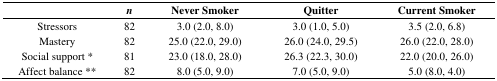
<table><thead><tr><td></td><td><b><i>n</i></b></td><td><b>Never Smoker</b></td><td><b>Quitter</b></td><td><b>Current Smoker</b></td></tr></thead><tbody><tr><td>Stressors</td><td>82</td><td>3.0 (2.0, 8.0)</td><td>3.0 (1.0, 5.0)</td><td>3.5 (2.0, 6.8)</td></tr><tr><td>Mastery</td><td>82</td><td>25.0 (22.0, 29.0)</td><td>26.0 (24.0, 29.5)</td><td>26.0 (22.0, 28.0)</td></tr><tr><td>Social support *</td><td>81</td><td>23.0 (18.0, 28.0)</td><td>26.3 (22.3, 30.0)</td><td>22.0 (20.0, 26.0)</td></tr><tr><td>Affect balance **</td><td>82</td><td>8.0 (5.0, 9.0)</td><td>7.0 (5.0, 9.0)</td><td>5.0 (8.0, 4.0)</td></tr></tbody></table>